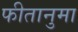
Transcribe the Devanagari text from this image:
फीतानुमा